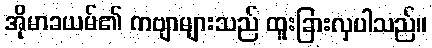
အိုမာခယမ်၏ ကဗျာများသည် ထူးခြားလှပါသည်။